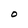
Character: O